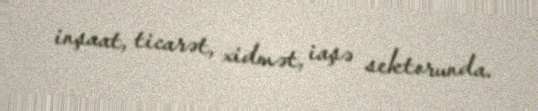
inşaat, ticarət, xidmət, iaşə sektorunda.